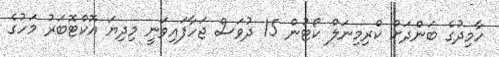
ހާމިދުގެ ބަންދަށް ކްރިމިނަލް ކޯޓުން 15 ދުވަސް ޖަހާފައިވަނީ މިދިޔަ އޮކްޓޮބަރު މަހުގެ